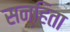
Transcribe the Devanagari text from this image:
सन्हिता